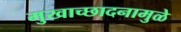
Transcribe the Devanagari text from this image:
मुखाच्छादनामुळे